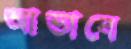
আভাবে